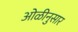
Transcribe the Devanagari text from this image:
ओळीनुसार